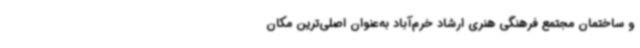
و ساختمان مجتمع فرهنگی هنری ارشاد خرم‌آباد به‌عنوان اصلی‌ترین مکان